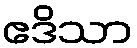
ဧဒိသာ